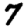
Digit: 7